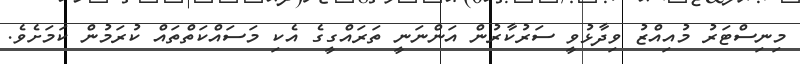
މިނިސްޓަރު މުއިއްޒު ވިދާޅުވީ ސަރުކާރުން އަންނަނީ ތަރައްގީގެ އެކި މަސައްކަތްތައް ކުރަމުން ކަމަށެވެ.